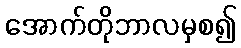
အောက်တိုဘာလမှစ၍